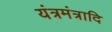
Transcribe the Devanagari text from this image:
यंत्रमंत्रादि